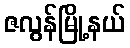
ဇလွန်မြို့နယ်